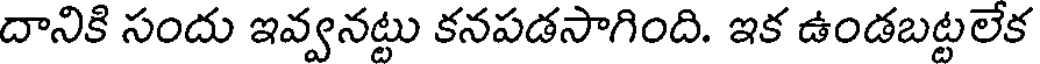
దానికి సందు ఇవ్వనట్టు కనపడసాగింది. ఇక ఉండబట్టలేక